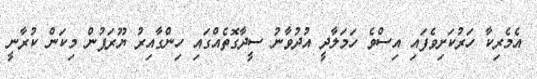
އެމެރިކާ ހަރުކަށިވެފައި އިސްވެ ހަމަލާދީ އުދުވާނު ސީދާގޮތެއްގައި ހިންގާއިރު ޔޫރަޕުން މިކަން ކުރާނީ